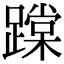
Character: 𨅨